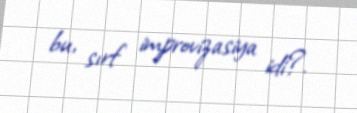
bu, sırf improvizasiya idi?.